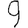
Digit: 9